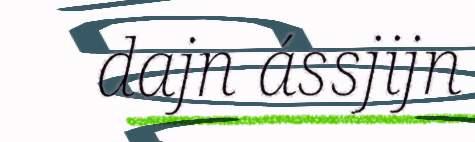
dajn ássjijn